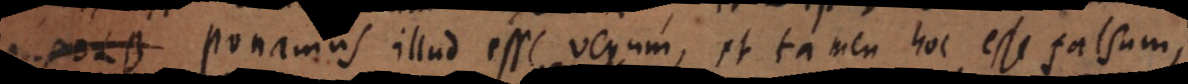
Ponamus illud esse verum, et tamen hoc esse falsum,